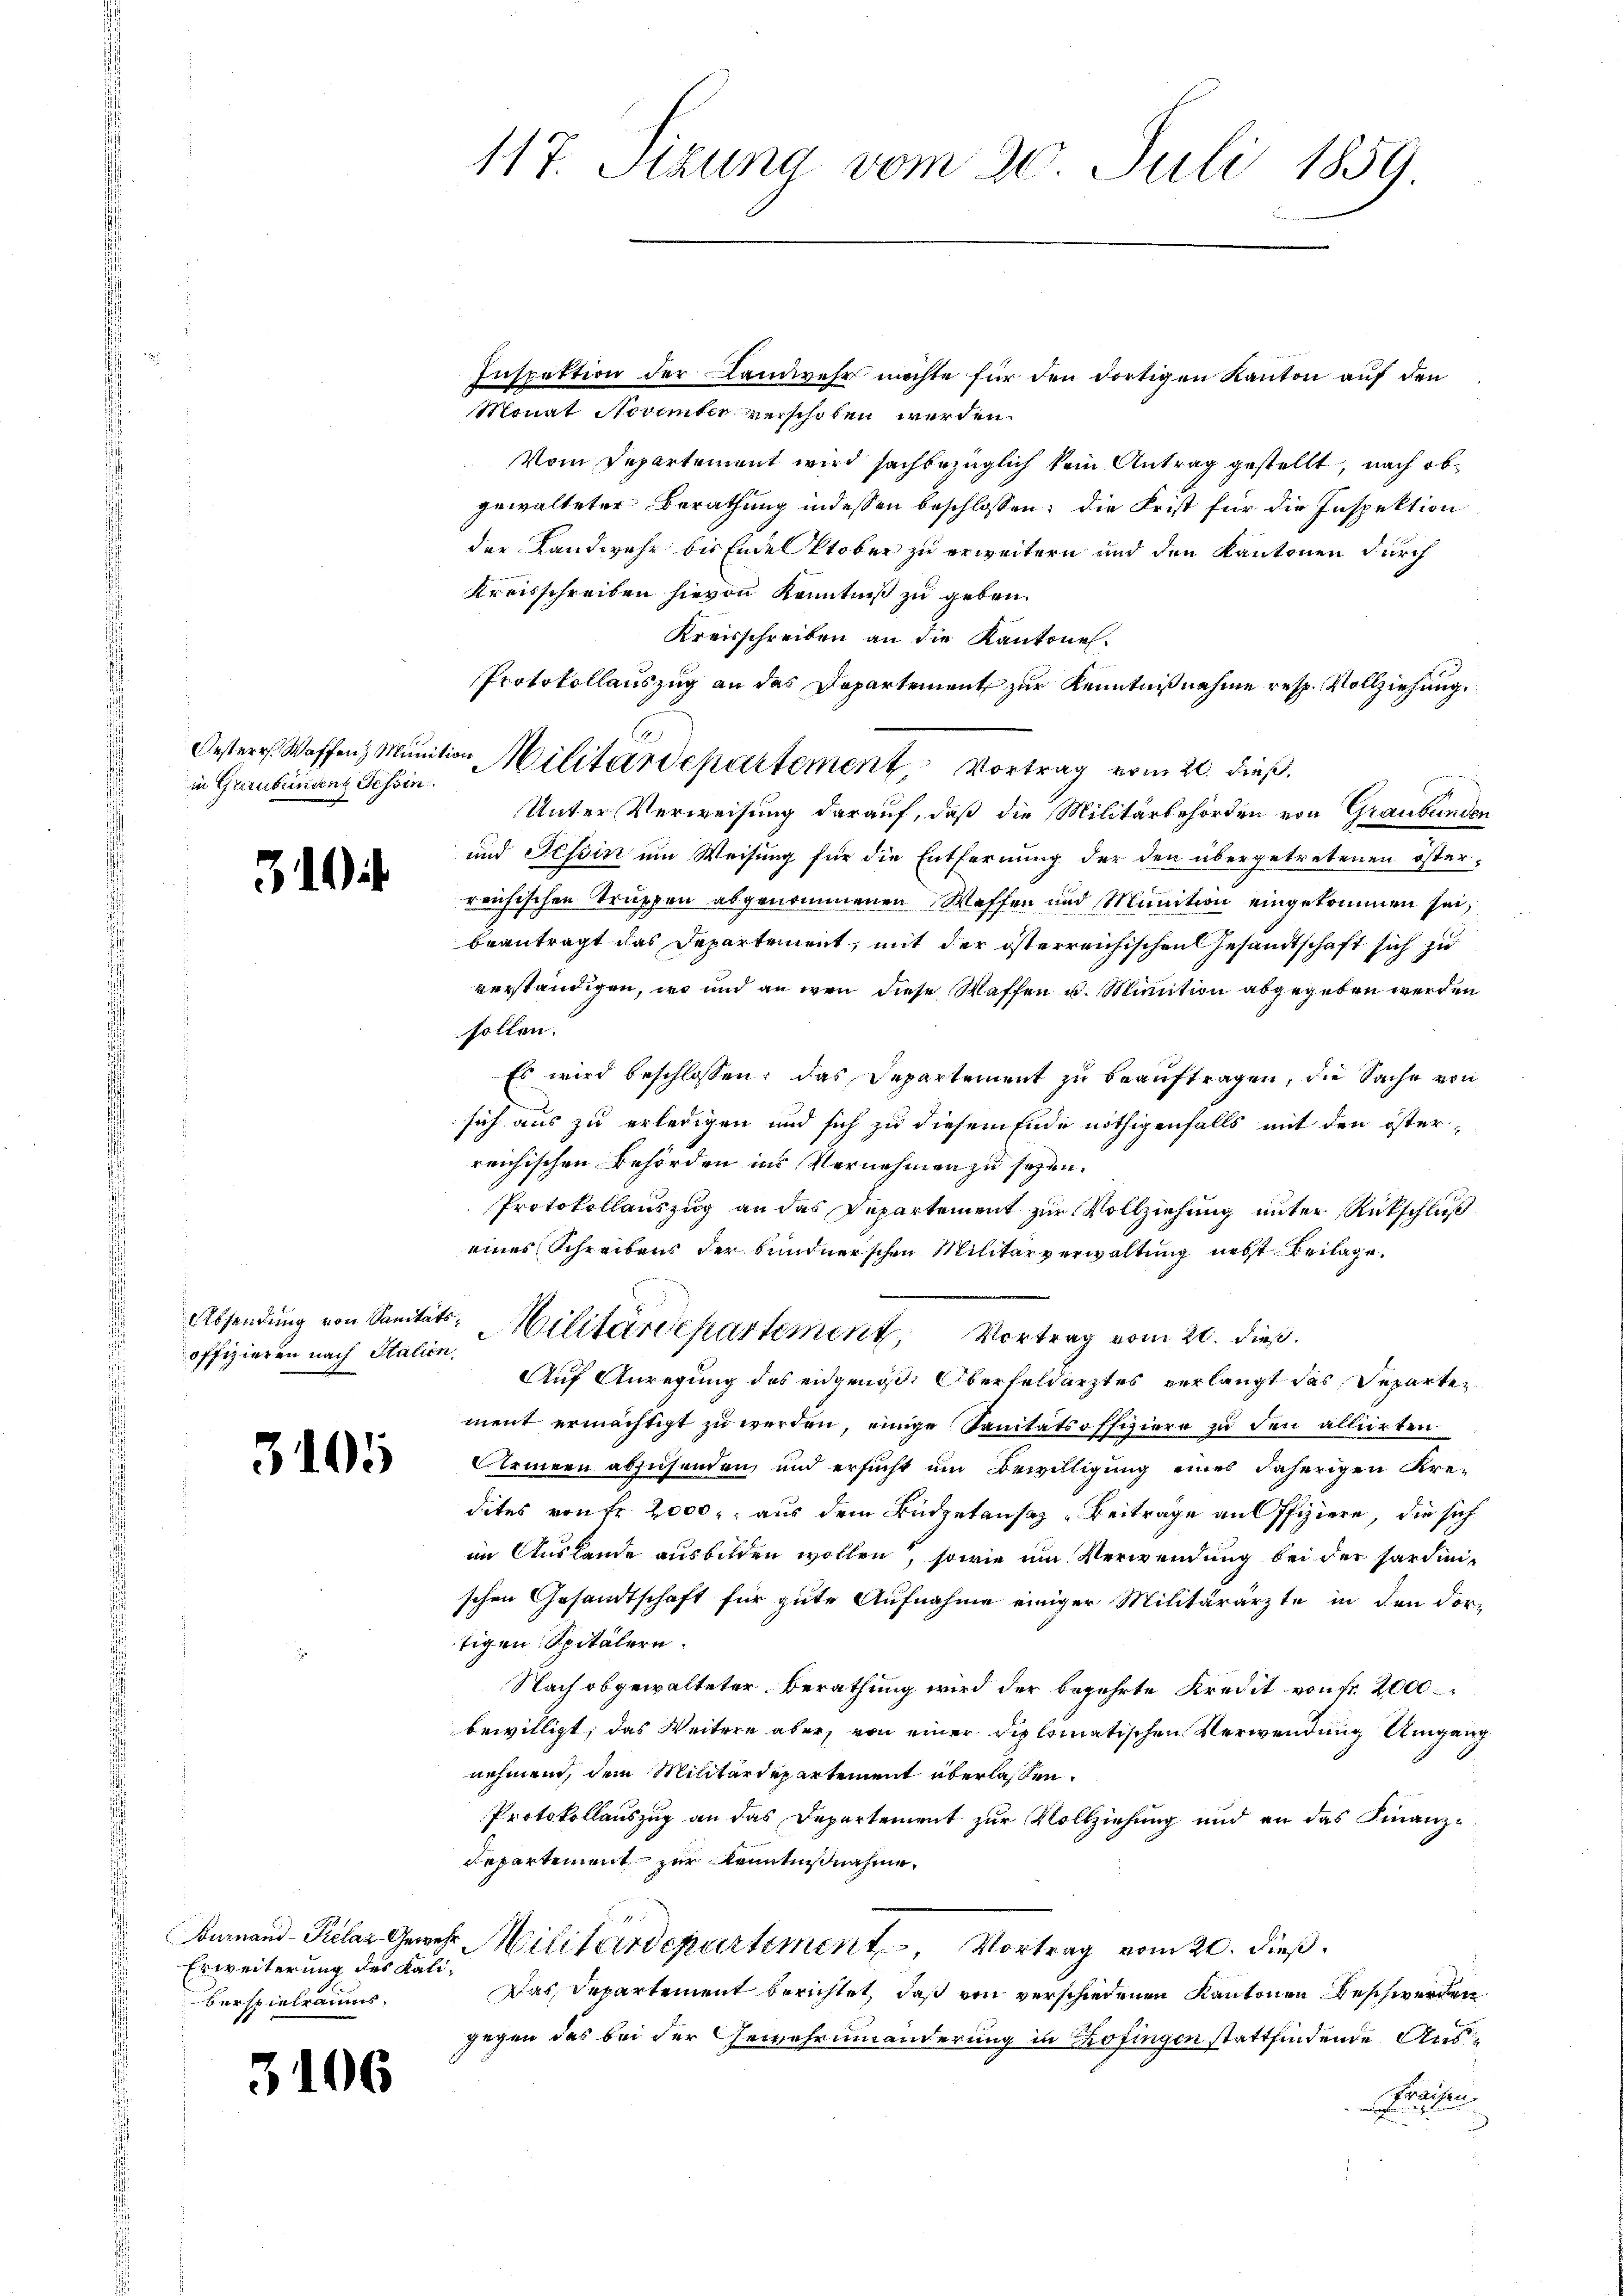
in Graubünden Tessin.

)

offizieren nach Statien

3105

Erweiterung des Kaliberspielraums,

3106

117. Stzung vom 20. Juli 1859

Inspektion der Landwehr möchte für den dortigen Kanton auf den
Monat Noventer verschoben werden.
Vom Departement wird sachbezüglich kein Antrag gestellt, nach obgewalteter Berathung indessen beschlossen; die Frist für die Inspektion
der Landwehr bis Ende Oktober zu erweitern und den Kantonen durch
Kreisschreiben hievon Kenntniß zu geben.
Kreisschreiben an die Kantone.
Protokollauszug an das Departement zur Kenntnißnahme resp. Vollziehung.
Unter Verweisung darauf, daß die Militärbehörden von Graubünden
und Tessin um Weisung für die Entfernung der den übergetretenen öster-
reichischen Truppen abgenommenen Waffen und Munition eingekommen sei,
beantragt das Departement, mit der österreichischen Gesandtschaft sich zu
verständigen, wo und an wenn diese Waffen u. Minition abgegeben werden
sollen.
Es wird beschlossen: das Departement zu beauftragen, die Sache von
sich aus zu erledigen und sich zu diesem Ende nöthigenfalls mit den öster-
reichischen Behörden ins Vernehmen zu sehen.
Protokollauszug an das Departement zur Vollziehung unter Rückschluß
eines Schreibens der bundnerschen Militärverwaltung nebst Beilage.
Absendung von Sanitäts-Militärdepartement, Vortrag vom 20. dieß.
Auf Anregung des eidgenöß. Oberfeldarztes verlangt das Separten
ment ermächtigt zu werden, einige Sanitätsoffiziere zu den alliirten
Armeen abzusenden, und ersucht um Bewilligung eines daherigen Kre-
dites von Fr. 2000 aus dem Büdgetansaz - Beitrage aus ffiziere, die sich
im Auslande ausbilden wollen, sowie um Verwendung bei der Sardinischen Gesandtschaft für gute Aufnahme einiger Militärärzte in den dor-
tigen Spitälern.
Nach obgewalteter Berathung wird der begehrte Kredit von Fr. 2000
bewilligt, das Weitere aber, von einer diplomatischen Verwendung Umgang
nehmen, dem Militärdepartement überlassen.
Protokollauszug an das Departement zur Vollziehung und an das Finanz¬
Repartement zur Kenntnißnahme,
Burnand-Piclaz Gewehr Militärdepartement, Vortrag vom 20. dieß.
Das Departement berichtet, daß von verschiedenen Kantonen Beschwerden
gegen das bei der Gewahrninanderung in Zofingen stattfindende Ausfrachen
t

Oesterr. Waffen Munition Militärdepartement Vortrag vom 20. dieß.